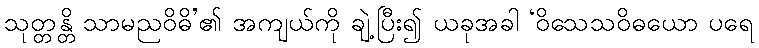
သုတ္တန္တိ သာမညဝိဓိ’၏ အကျယ်ကို ချဲ့ပြီး၍ ယခုအခါ ‘ဝိသေသဝိဓယော ပရေ